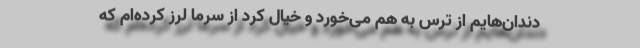
دندان‌هایم از ترس به هم می‌خورد و خیال کرد از سرما لرز کرده‌ام که